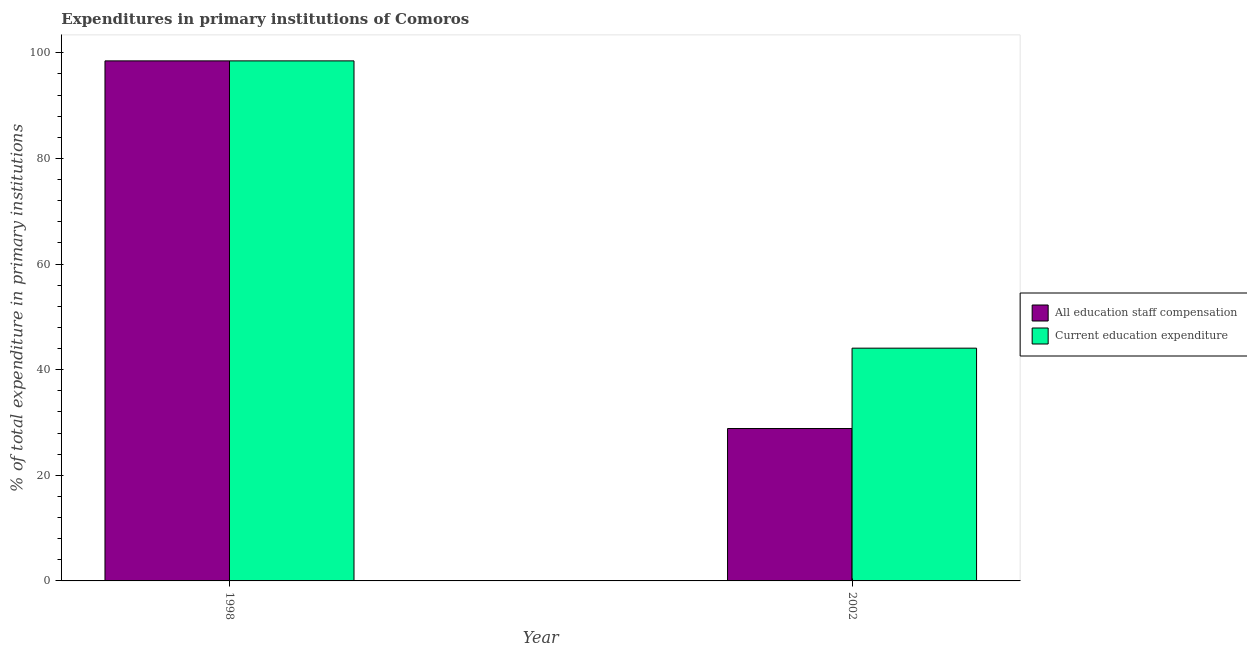
| Year | All education staff compensation | Current education expenditure |
 | --- | --- | --- |
 | 1998 | 98.5 | 98.5 |
 | 2002 | 28.9 | 44.1 |